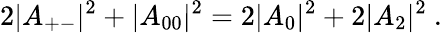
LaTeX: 2\vert A_{+-}\vert^{2}+\vert A_{00}\vert^{2}=2\vert A_{0}\vert^{2}+2\vert A_{2}\vert^{2}\ .